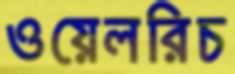
ওয়েলরিচ